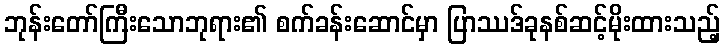
ဘုန်းတော်ကြီးသောဘုရား၏ စက်ခန်းဆောင်မှာ ပြာဿဒ်ခုနစ်ဆင့်မိုးထားသည့်